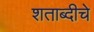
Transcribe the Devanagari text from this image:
शताब्दीचे